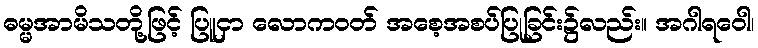
ဓမ္မအာမိသတို့ဖြင့် ပြူငှာ လောကဝတ် အစေ့အစပ်ပြုခြင်း၌လည်း။ အဂါရဝေါ၊